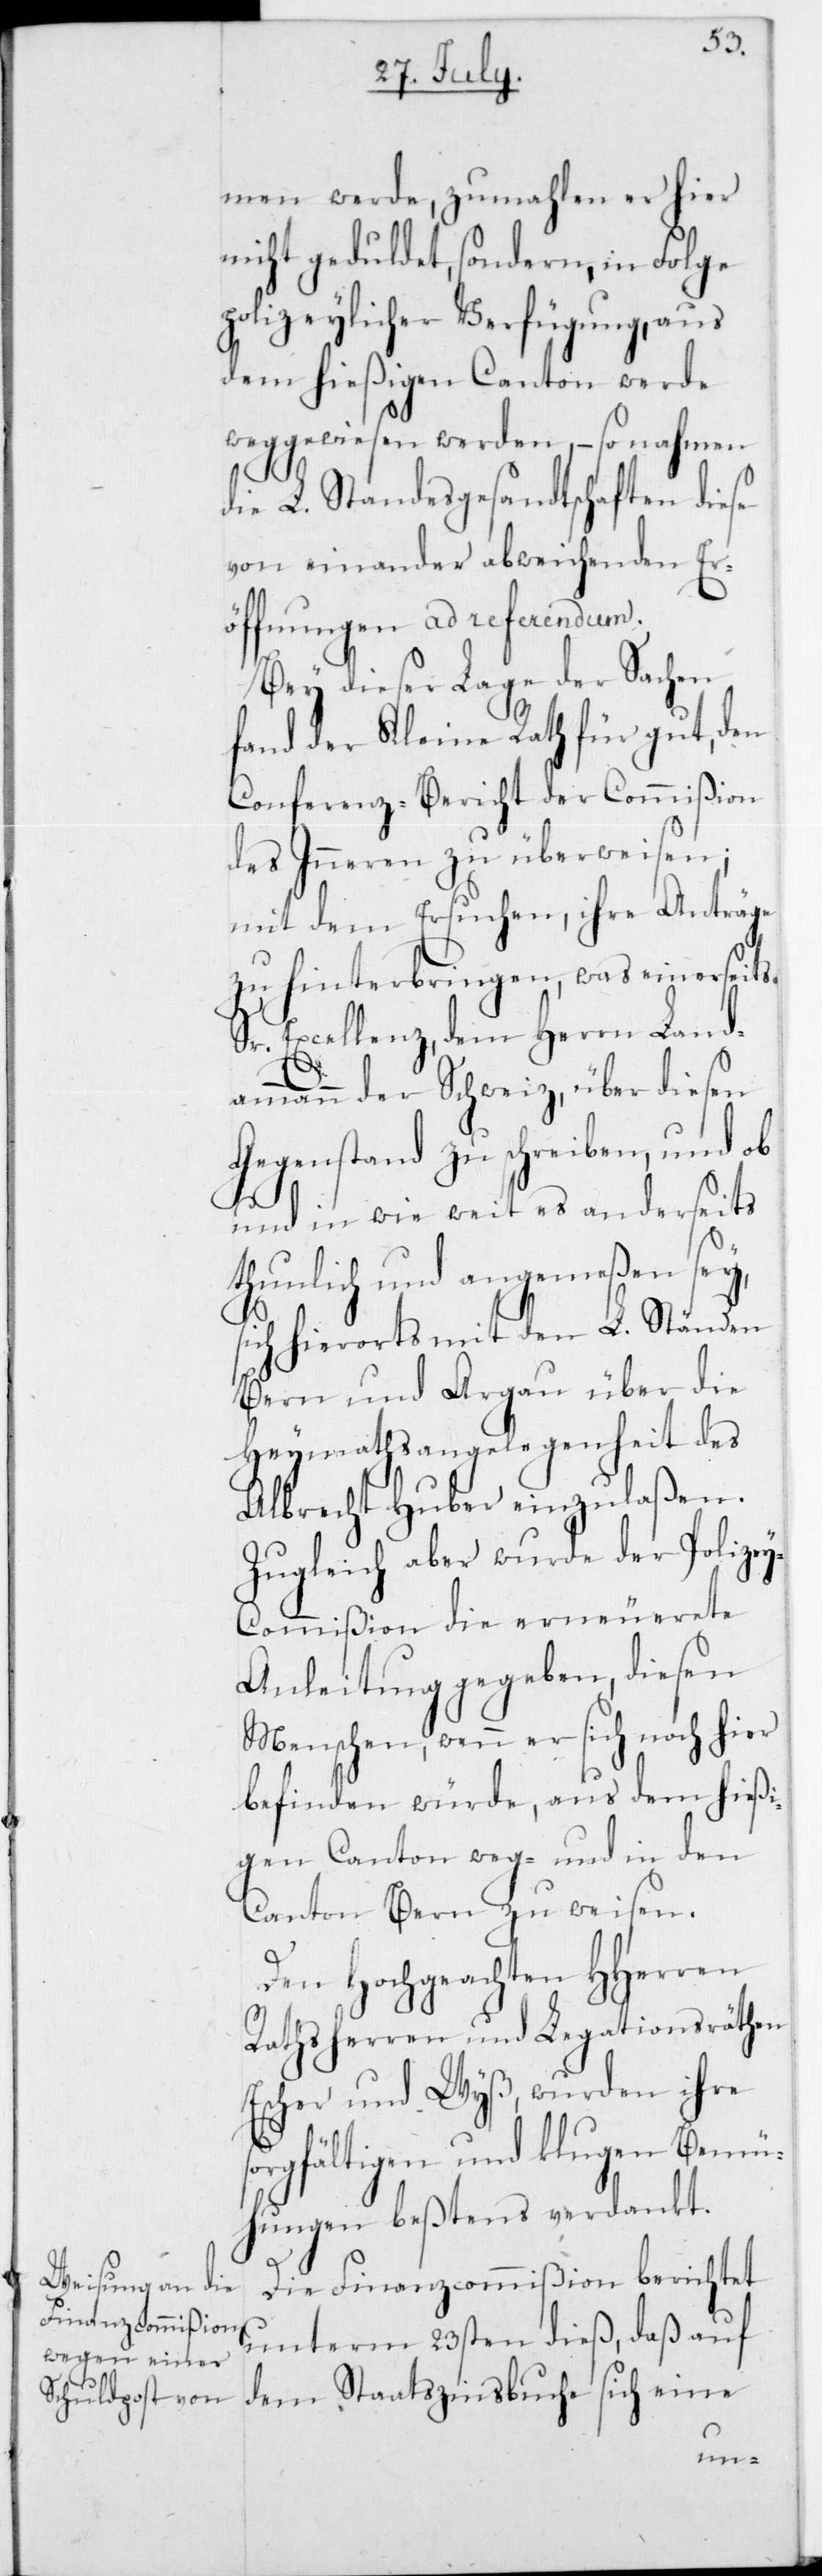
men werde, zumahlen er hier
nicht geduldet, sondern in Folge
polizeylicher Verfügung, aus
dem hießigen Canton werde
weggewiesen werden, – so nahmen
die L. Standesgesandtschaften diese
voneinander abweichenden Er¬
öffnungen ad referendum.
Bey dieser Lage der Sachen
fand der Kleine Rath für gut, den
Conferenz-Bericht der Commißion
des Inneren zu überweisen;
mit dem Ersuchen, ihre Anträge
zu hinterbringen, was einerseits
Sr. Excellenz,dem Herrn Land¬
E¬
erete
ammann der Schweiz, über
Gegenstand zu schreiben, und ob
und in wie weit es anderseits
thunlich und angemeßen sey,
sich hierorts mit den L. Ständen
Bern und Argau über die
Heymathsangelegenheit des
Albrecht Huber einzulaßen.
Zugleich aber wurde der Polize¬
y-Commißion die erneu¬
Anleitung gegeben, diesen
Menschen, wenn er sich noch hier
befinden würde, aus dem hieß¬
igen Canton weg- und in den
Canton Bern zu weisen.
Den hochgeachten HHerren
Rathsherren und Legationsräthen
scher und Wyß wurden ihre
sorgfältigen und klugen Bemü¬
hungen beßtens verdankt.
Die Finanzcommißion berichtet
unterm 23sten dieß, daß auf
dem Staatszinsbuche sich eine